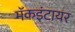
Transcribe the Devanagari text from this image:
मॅकइंटायर